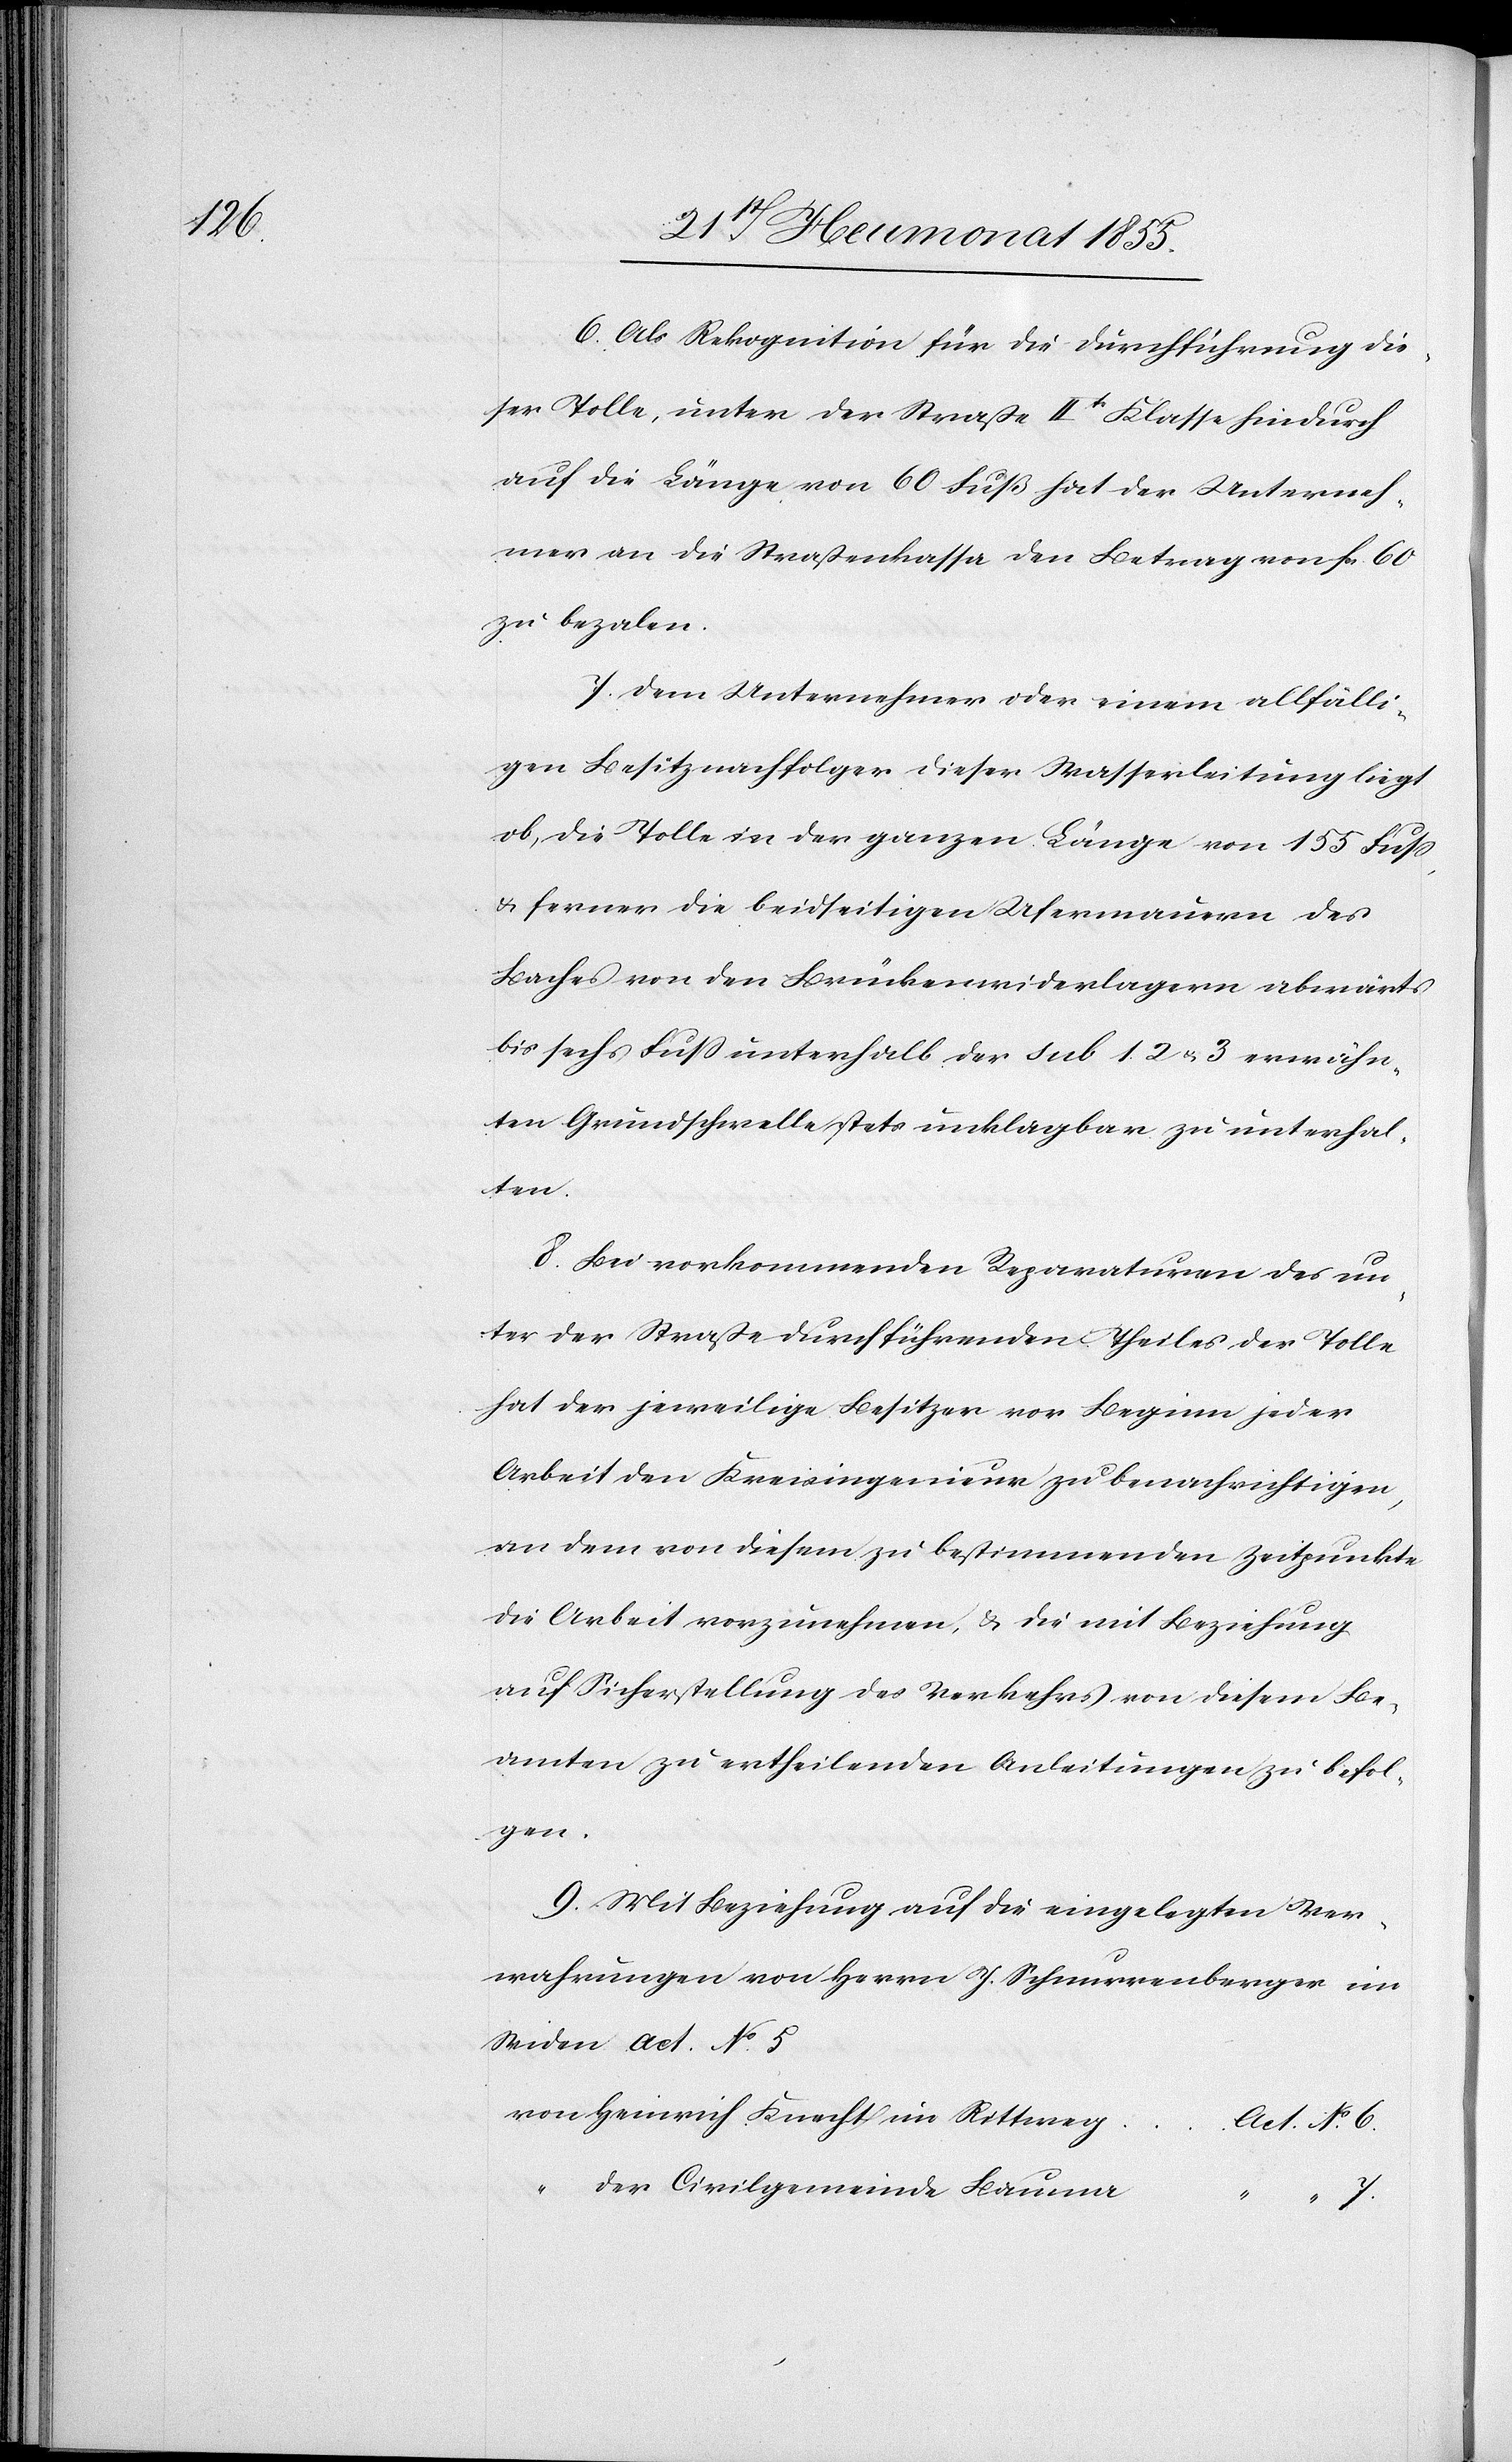
wahrun¬

Als Rekognition für die Durchführung die¬
ser Tolle, unter der Straße IItr. Klasse hindurch
auf die Länge von 60 Fuß hat der Unterneh¬
mer an die Straßenkassa den Betrag von Fcs. 60
zu bezalen.
Dem Unternehmer oder einem allfälli¬
gen Besitznachfolger dieser Wasserleitung liegt
ob, die Tolle in der ganzen Länge von 155 Fuss,
& ferner die beidseitigen Ufermauern des
Baches von den Brückenwiderlagern abwärts
bis sechs Fuss unterhalb der sub 1. 2 & 3 erwähn¬
ten Grundschwelle stets unklagbar zu unterhal¬
ten.
Bei vorkommenden Reparaturen des un¬
ter der Straße durchführenden Theiles der Tolle
hat der jeweilige Besitzer vor Beginn jeder
Arbeit den Kreisingenieur zu benachrichtigen,
an dem von diesem zu bestimmenden Zeitpunkte
die Arbeit vorzunehmen, & die mit Beziehung
auf Sicherstellung des Verkehrs von diesem Be¬
amten zu ertheilenden Anleitungen zu befol¬
gen
Mit Beziehung auf die eingelegten Ver¬
von Heinrich Knecht im Rittweg
Act. No. 6.
der Civilgemeinde Bauma
7.